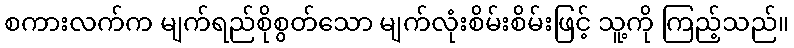
စကားလက်က မျက်ရည်စိုစွတ်သော မျက်လုံးစိမ်းစိမ်းဖြင့် သူ့ကို ကြည့်သည်။